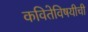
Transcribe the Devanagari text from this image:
कवितेविषयीची